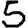
Digit: 5